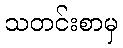
သတင်းစာမှ